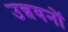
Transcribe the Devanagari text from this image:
उन्नयनों